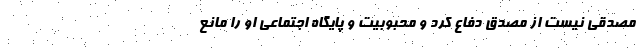
مصدقی نیست از مصدق دفاع کرد و محبوبیت و پایگاه اجتماعی او را مانع